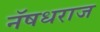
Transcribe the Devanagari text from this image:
नॅषधराज